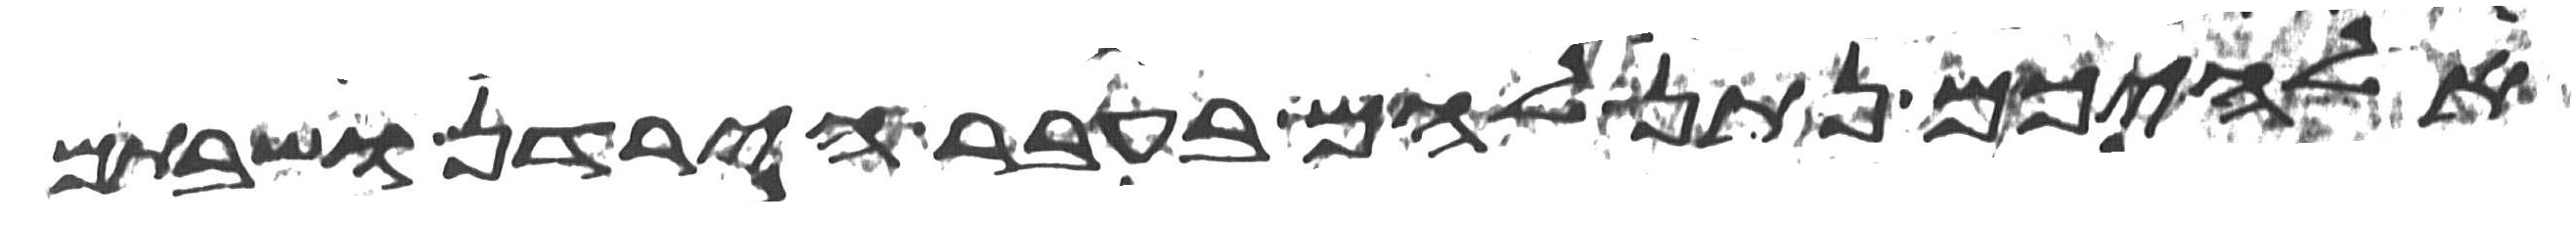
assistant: אלהיכם נתן להם בעבר הירדן ושבתם